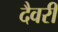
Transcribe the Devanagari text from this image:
दैवरी